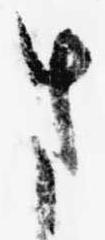
さ